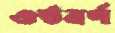
ওষ্ঠবর্ণ